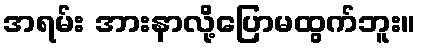
အရမ်း အားနာလို့ပြောမထွက်ဘူး။